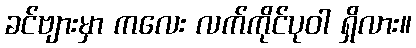
ခင်ဗျားမှာ ကလေး လက်ကိုင်ပုဝါ ရှိလား။